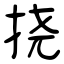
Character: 挠